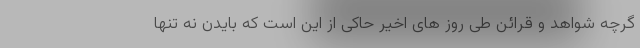
گرچه شواهد و قرائن طی روز های اخیر حاکی از این است که بایدن نه تنها